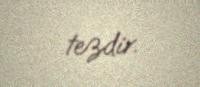
tezdir.